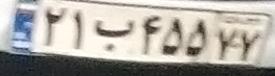
۲۱ب۴۵۵۷۷